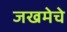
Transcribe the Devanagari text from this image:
जखमेचे